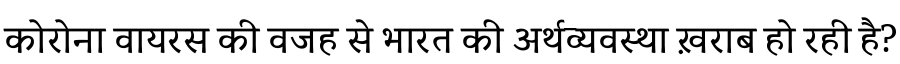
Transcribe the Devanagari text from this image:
कोरोना वायरस की वजह से भारत की अर्थव्यवस्था ख़राब हो रही है?